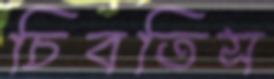
চিবতিস